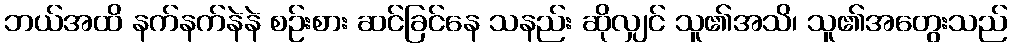
ဘယ်အထိ နက်နက်နဲနဲ စဉ်းစား ဆင်ခြင်နေ သနည်း ဆိုလျှင် သူ၏အသိ၊ သူ၏အတွေးသည်